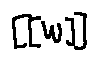
[ [ w ] ]